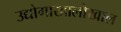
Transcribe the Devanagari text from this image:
उद्योगाखालोखाल